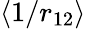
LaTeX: \langle 1/r_{12}\rangle